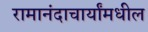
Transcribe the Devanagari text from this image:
रामानंदाचार्यांमधील